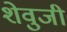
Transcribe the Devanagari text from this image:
शेवुजी